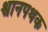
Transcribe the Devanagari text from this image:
श्वानपथक